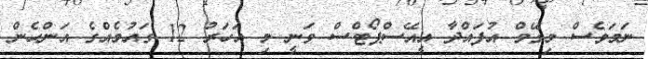
ނަމަވެސް މިގޭމް އުފައްދާ އީއޭސްޕޯޓްސް ވަނީ މި އަހަރު 12 ގައުމެއްގެ އަންހެން